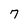
Character: 7